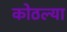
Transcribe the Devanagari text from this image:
कोठल्या